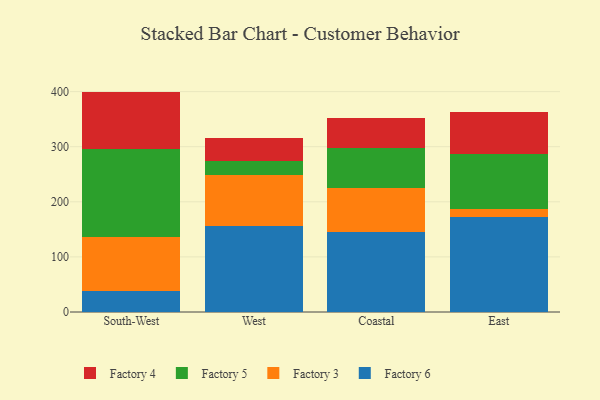
{"axis": {"x": "Region", "y": "Net Income (USD K)"}, "legend": ["Factory 3", "Factory 4", "Factory 5", "Factory 6"], "data": [{"x": "South-West", "y": 37.4, "type": "Factory 6"}, {"x": "South-West", "y": 98.2, "type": "Factory 3"}, {"x": "South-West", "y": 160.5, "type": "Factory 5"}, {"x": "South-West", "y": 103.9, "type": "Factory 4"}, {"x": "West", "y": 155.6, "type": "Factory 6"}, {"x": "West", "y": 93.9, "type": "Factory 3"}, {"x": "West", "y": 23.7, "type": "Factory 5"}, {"x": "West", "y": 42.4, "type": "Factory 4"}, {"x": "Coastal", "y": 145.4, "type": "Factory 6"}, {"x": "Coastal", "y": 79.4, "type": "Factory 3"}, {"x": "Coastal", "y": 73.6, "type": "Factory 5"}, {"x": "Coastal", "y": 53.0, "type": "Factory 4"}, {"x": "East", "y": 173.1, "type": "Factory 6"}, {"x": "East", "y": 13.9, "type": "Factory 3"}, {"x": "East", "y": 99.0, "type": "Factory 5"}, {"x": "East", "y": 76.8, "type": "Factory 4"}]}